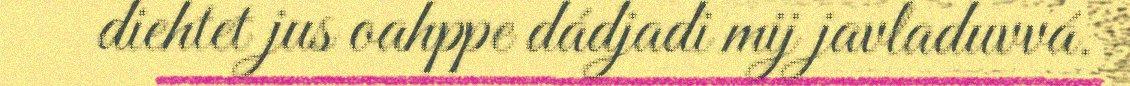
diehtet jus oahppe dádjadi mij javladuvvá.